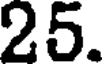
25.